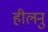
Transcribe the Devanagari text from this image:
हीलनु